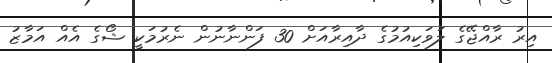
އިރު ރާއްޖޭގެ ލަވަކިއުމުގެ ދާއިރާއަށް 30 ފަންނާނުން ނެރުމަކީ ޝޯގެ އެއް އަމާޒު